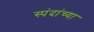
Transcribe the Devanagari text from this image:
स्पंदांच्या